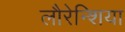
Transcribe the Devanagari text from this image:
लौरेन्शिया